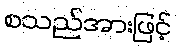
စသည်အားဖြင့်